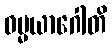
ဓမ္မယာဂေါတိ